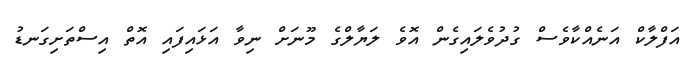
އަފްލާކް އަނެއްކާވެސް ގުދުވެލައިގެން އޮވެ ލަޔާލްގެ މޫނަށް ނިވާ އަޅައިފައި އޮތް އިސްތަށިގަނޑު